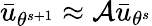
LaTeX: \bar{u}_{\theta^{s+1}}\approx\mathcal{A}\bar{u}_{\theta^{s}}